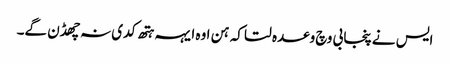
ایس نے پنجابی وچ وعدہ لتا کہ ہن اوہ ایہہ ہتھ کدی نہ چھڈن گے۔